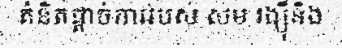
គំនិតផ្តាច់ការរបស់ សម រង្ស៊ីនិង